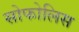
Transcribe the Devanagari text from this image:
सोफोलिस